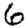
Digit: 6